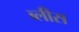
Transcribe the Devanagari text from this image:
ब्लीस